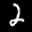
Label: 2